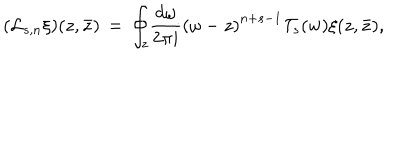
( \mathcal { L } _ { s , n } \xi ) ( z , \bar { z } ) \, = \, { \oint _ { z } } { \frac { d \omega } { 2 \pi i } { ( \omega - z ) } ^ { n + s - 1 } \mathcal { T } _ { s } ( w ) \xi ( z , \bar { z } ) } ,